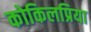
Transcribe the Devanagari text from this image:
कोकिलप्रिया